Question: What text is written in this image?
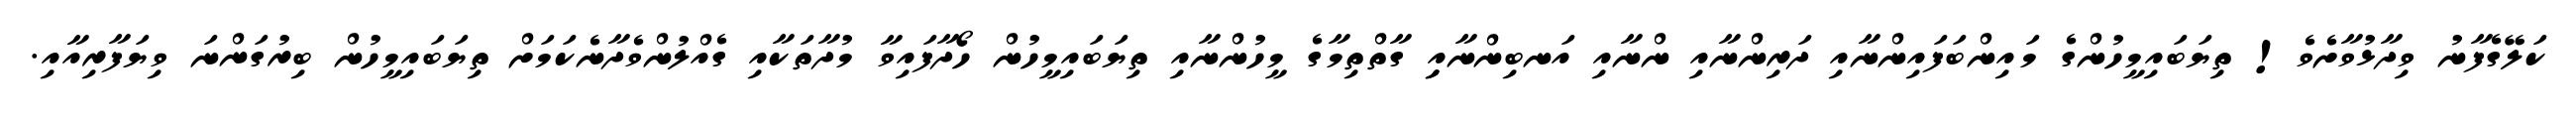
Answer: ކަލޭގެފާނު ވިދާޅުވާށެވެ! ތިޔަބައިމީހުންގެ މައިންބަފައިންނާއި ދަރިންނާއި ންނާއި އަނބިންނާއިި ގާތްތިމާގެ މީހުންނާއި ތިޔަބައިމީހުން ހޯދާފައިވާ މުދާތަކާއި ގެއްލުންވެދާނެކަމަށް ތިޔަބައިމީހުން ބިރުގަންނަ ވިޔަފާރިއާއި.